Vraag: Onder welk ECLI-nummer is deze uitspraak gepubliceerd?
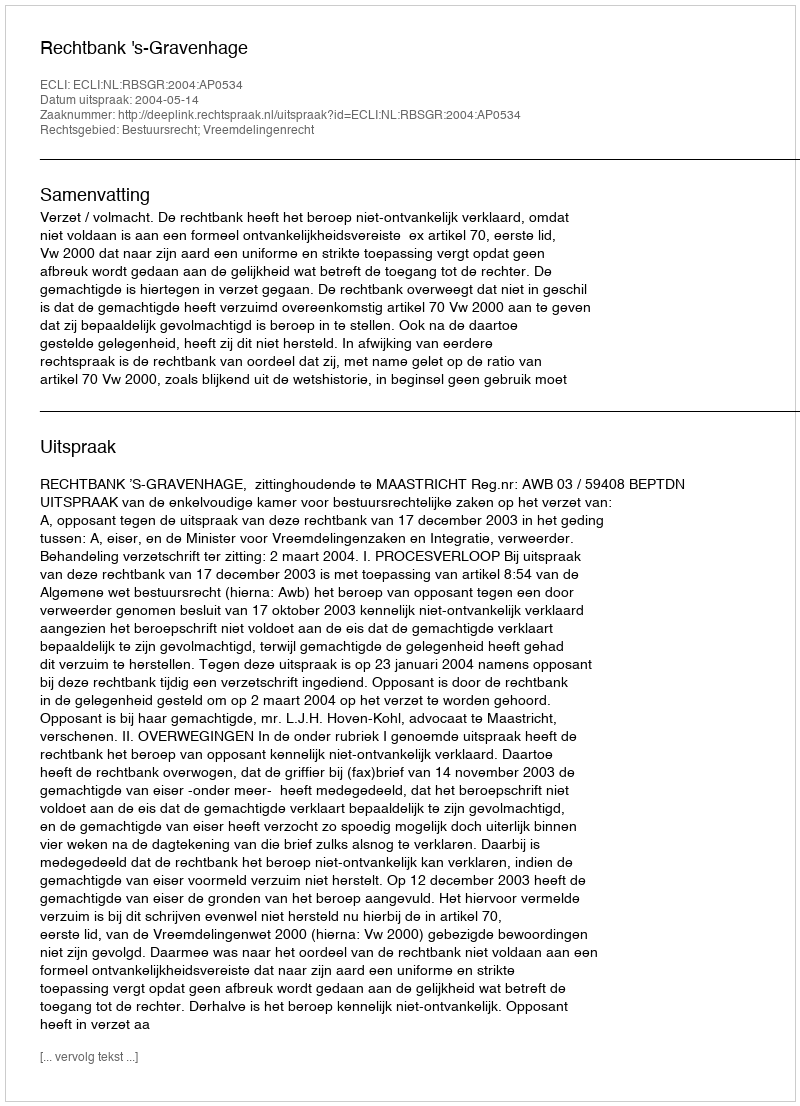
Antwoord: ECLI:NL:RBSGR:2004:AP0534